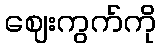
ဈေးကွက်ကို